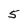
Character: 5